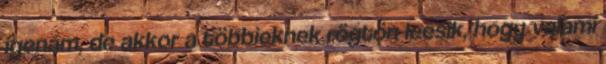
igenám, de akkor a többieknek rögtön leesik, hogy valami